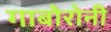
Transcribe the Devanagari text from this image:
गाबोरोनी